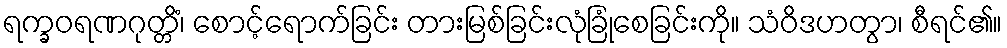
ရက္ခဝရဏဂုတ္တိံ၊ စောင့်ရောက်ခြင်း တားမြစ်ခြင်းလုံခြုံစေခြင်းကို။ သံဝိဒဟတွာ၊ စီရင်၏။